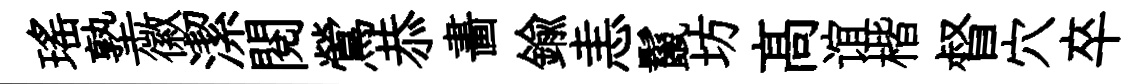
瑶塾徽潔閱鶯恭畵鍮恚鬣坊髙谊楷督穴卒